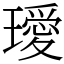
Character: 璦